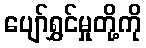
ပျော်ရွှင်မှုတို့ကို